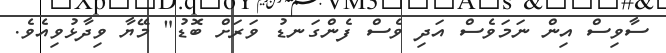
ސާވިސް އިން ނަމަވެސް އަދި ވެސް ފެންގަނޑު ވަރަށް ބޮޑު" މޭޔާ ވިދާޅުވިއެވެ.